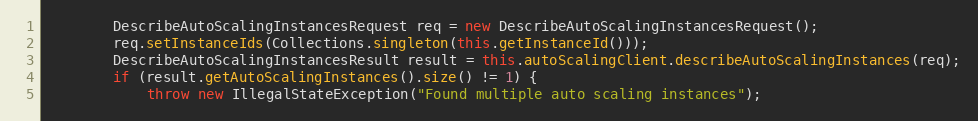
Language: Java
        DescribeAutoScalingInstancesRequest req = new DescribeAutoScalingInstancesRequest();
        req.setInstanceIds(Collections.singleton(this.getInstanceId()));
        DescribeAutoScalingInstancesResult result = this.autoScalingClient.describeAutoScalingInstances(req);
        if (result.getAutoScalingInstances().size() != 1) {
            throw new IllegalStateException("Found multiple auto scaling instances");